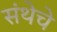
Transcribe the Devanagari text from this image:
संथेचे